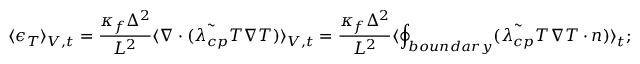
\langle \epsilon _ { T } \rangle _ { V , t } = \frac { \kappa _ { f } \Delta ^ { 2 } } { L ^ { 2 } } \langle \boldsymbol { \nabla } \cdot ( \tilde { \lambda _ { c p } } T \boldsymbol { \nabla } T ) \rangle _ { V , t } = \frac { \kappa _ { f } \Delta ^ { 2 } } { L ^ { 2 } } \langle \displaystyle \oint _ { b o u n d a r y } ( \tilde { \lambda _ { c p } } T \boldsymbol { \nabla } T \cdot \boldsymbol { n } ) \rangle _ { t } ;